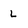
Character: l